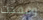
وفقدت